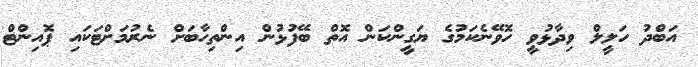
އަބްދު ހަލީލް ވިދާޅުވީ ހޮވޭނެކަމުގެ ޔަގީންކަން އޮތް ބޭފުޅުން އިންތިހާބަށް ނެރުމަށްޓަކައި ޕޮއިންޓް